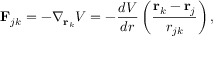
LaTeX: \mathbf { F } _ { j k } = - \nabla _ { \mathbf { r } _ { k } } V = - { \frac { d V } { d r } } \left( { \frac { \mathbf { r } _ { k } - \mathbf { r } _ { j } } { r _ { j k } } } \right) ,